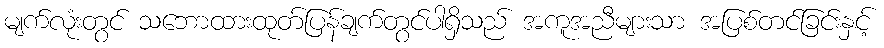
မျက်လုံးတွင် သဘောထားထုတ်ပြန်ချက်တွင်ပါရှိသည် အကူအညီများသာ အပြစ်တင်ခြင်းနှင့်